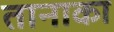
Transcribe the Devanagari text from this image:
तानाका